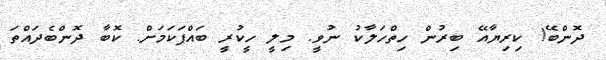
ދޮންބޭ! ކިރިޔާއޭ ބިރުން ހިތްހަލާކު ނުވީ. މިލީ ހީކުރީ ބައްޕަކަމަށް. ކޮބާ ދޮންބެދައްތަ